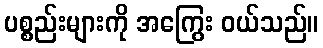
ပစ္စည်းများကို အကြွေး ဝယ်သည်။